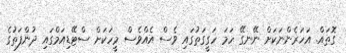
ގޮތައް. އަހަރެންނަކަށް ނޭނގޭ ހަމަ ހަގީގަތުގައި ވެސް އެއްވެސް މީހަކަށް ސްޓޭޑިއަމްގައި ދުންފަތުގެ